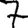
Digit: 7